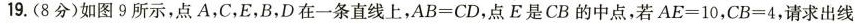
19.(8分)如图 9 所示，点A，C，E，B，D在一条直线上，$$A B = C D$$ ，点E是CB的中点，若$$A E = 1 0$$，$$C B = 4$$ ，请求出线